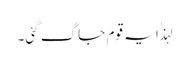
لہذٰا یہ قوم جاگ گئی۔